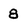
Character: 8